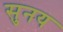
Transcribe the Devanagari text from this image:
सुनय